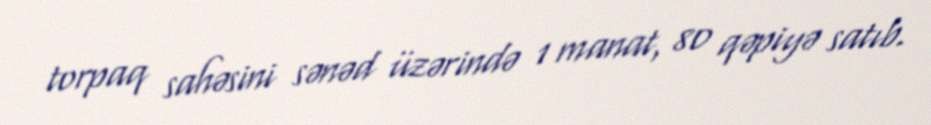
torpaq sahəsini sənəd üzərində 1 manat, 80 qəpiyə satıb.